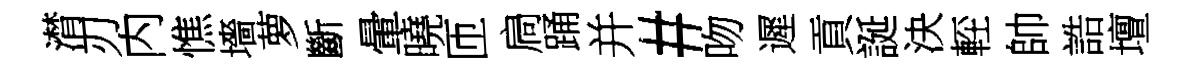
潸刃内憔墻萝斷暈曉匝扃踊并#吻遲貢誕決䡖帥誥壇